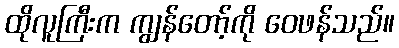
ထိုလူကြီးက ကျွန်တော့်ကို ဝေဖန်သည်။